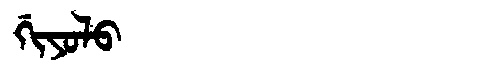
Manchu: ᡤᡳᠶᠣᠯᠣ
Romanization: GIYOLO